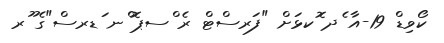
ކޯވިޑް 19-އާ ެދ ޮކޅަށް "ފަރސްޓް ރެ ްސޕޮ ްނ ަޑރސް"ގެ ޫރ